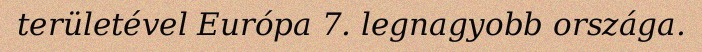
területével Európa 7. legnagyobb országa.